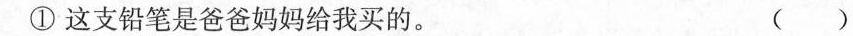
①这支铅笔是爸爸妈妈给我买的。 ( )